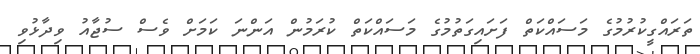
ތަރައްގީކުރުމުގެ މަސައްކަތް ފަށައިގަތުމުގެ މަސައްކަތް ކުރަމުން އަންނަ ކަމަށް ވެސް ސުޖާއު ވިދާޅުވި